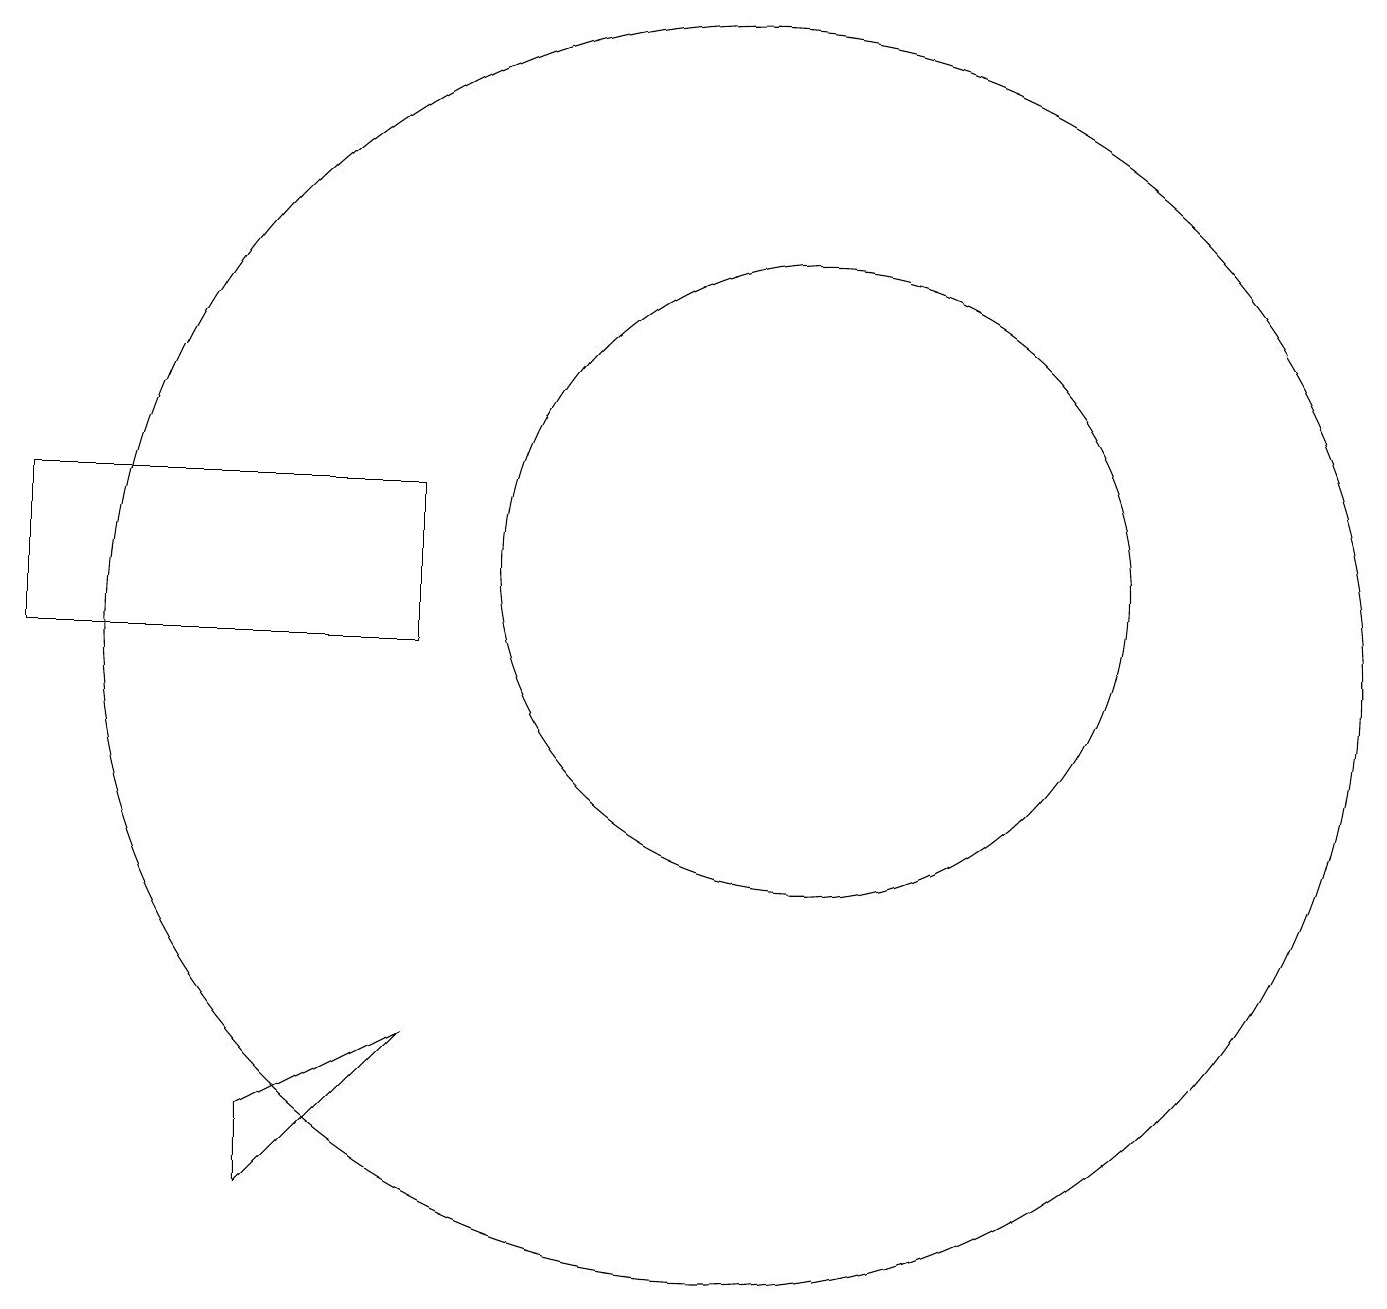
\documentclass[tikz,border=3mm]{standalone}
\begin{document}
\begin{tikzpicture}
\draw (11,11) circle (8);
\draw (5,4) -- (5,5) -- (7,6) -- cycle;
\draw (10,11) circle (0);
\draw (7,13) rectangle (2,11);
\draw (12,12) circle (4);
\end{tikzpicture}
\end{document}